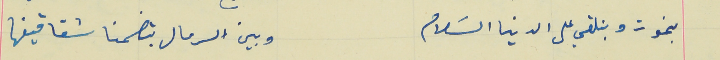
بنموت وبنلقي على الدينا السَلام                           وبين الرمال بتضمنا شقاقيفها